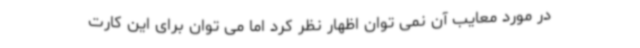
در مورد معایب آن نمی توان اظهار نظر کرد اما می توان برای این کارت